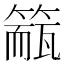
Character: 𥲁